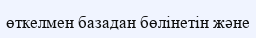
өткелмен базадан бөлінетін және